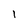
Character: 1